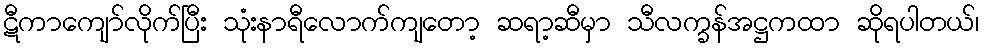
ဋီကာကျော်လိုက်ပြီး သုံးနာရီလောက်ကျတော့ ဆရာ့ဆီမှာ သီလက္ခန်အဋ္ဌကထာ ဆိုရပါတယ်၊